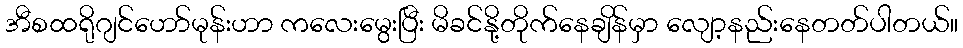
အီစထရိုဂျင်ဟော်မုန်းဟာ ကလေးမွေးပြီး မိခင်နို့တိုက်နေချိန်မှာ လျော့နည်းနေတတ်ပါတယ်။